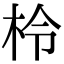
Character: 柃